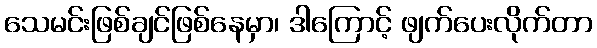
သေမင်းဖြစ်ချင်ဖြစ်နေမှာ၊ ဒါကြောင့် ဖျက်ပေးလိုက်တာ